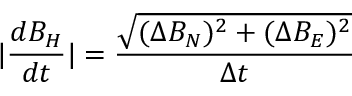
\centering \lvert \frac { d B _ { H } } { d t } \rvert = \frac { \sqrt { ( \Delta B _ { N } ) ^ { 2 } + ( \Delta B _ { E } ) ^ { 2 } } } { \Delta t }